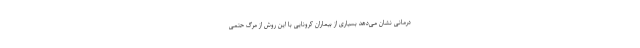
درمانی نشان می‌دهد بسیاری از بیماران کرونایی با این روش از مرگ حتمی